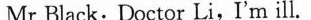
Mr Black: Doctor Li,I'm ill.